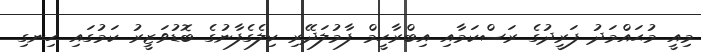
މިއީ މުޙައްމަދު ފަރީދުގެ ރަސްކަމާއި އިބްރާހީމް ފާމުލަދޭރި ކިލެގެފާނުގެ ބޮޑުވަޒީރު ކަމުގައި ހިނގި